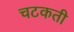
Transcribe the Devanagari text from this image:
चटकती